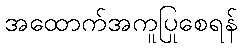
အထောက်အကူပြုစေရန်